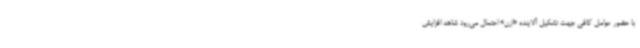
با حضور عوامل کافی جهت تشکیل آلاینده «ازن» احتمال می‌رود شاهد افزایش